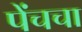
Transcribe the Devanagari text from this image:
पेंचचा